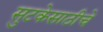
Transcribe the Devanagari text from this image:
सुटकेसाठीचे